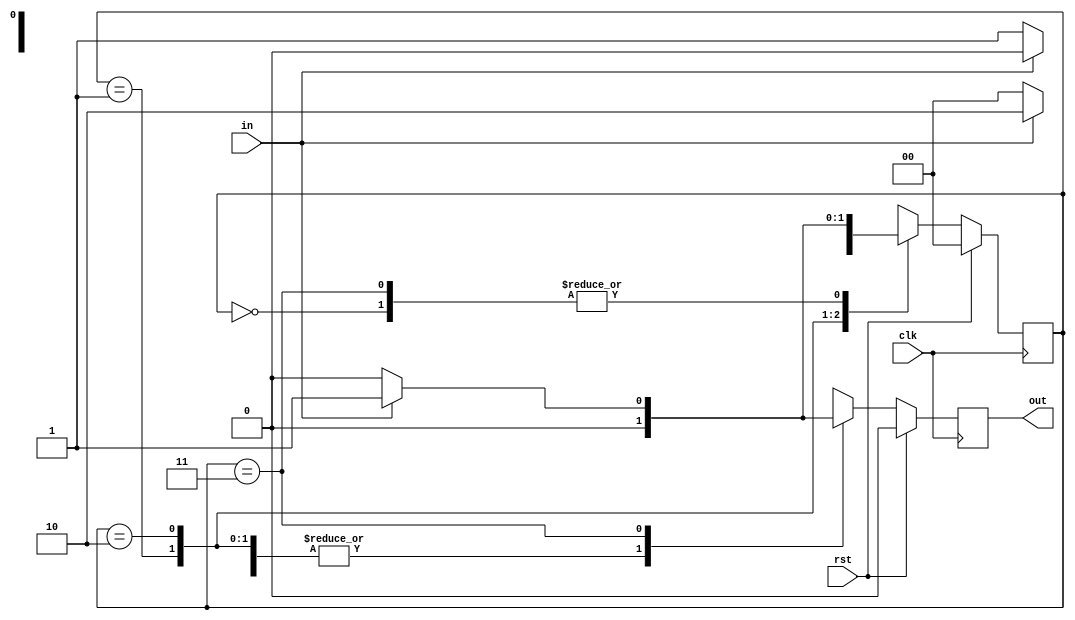
//1101 overlapping sequence using mealy machine 
module mealyfsmol(input in,input clk,input rst,output reg out);
  reg [1:0] cst;//current state
  reg [1:0] nst;//next state
  parameter [1:0]s0=2'b00;
  parameter [1:0]s1=2'b01;
  parameter [1:0]s2=2'b10;
  parameter [1:0]s3=2'b11;
always@(posedge clk)
begin
  if(rst)begin
    out=1'b0;
    cst=s0;
    nst=s0;end
  else
    begin
    cst=nst;
    case(cst)
  s0: if(in) begin    
    out=1'b0;
    nst=s1;end
  else begin
    out=1'b0;
    nst=s0;end
  s1: if(in)begin
    out=1'b0;
    nst=s2;end
     else begin
    out=1'b0;
    nst=s0;end
  s2 : if(in)begin   
    out=1'b0;
    nst=s2;end
      else begin
    out=1'b0;
    nst=s3;end
  s3 : if(in)begin   
    out=1'b1;
    nst=s1;end
      else begin
    out=1'b0;
    nst=s0;end
   endcase
end
end
endmodule